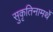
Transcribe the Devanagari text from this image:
सुकृतिनामर्थे